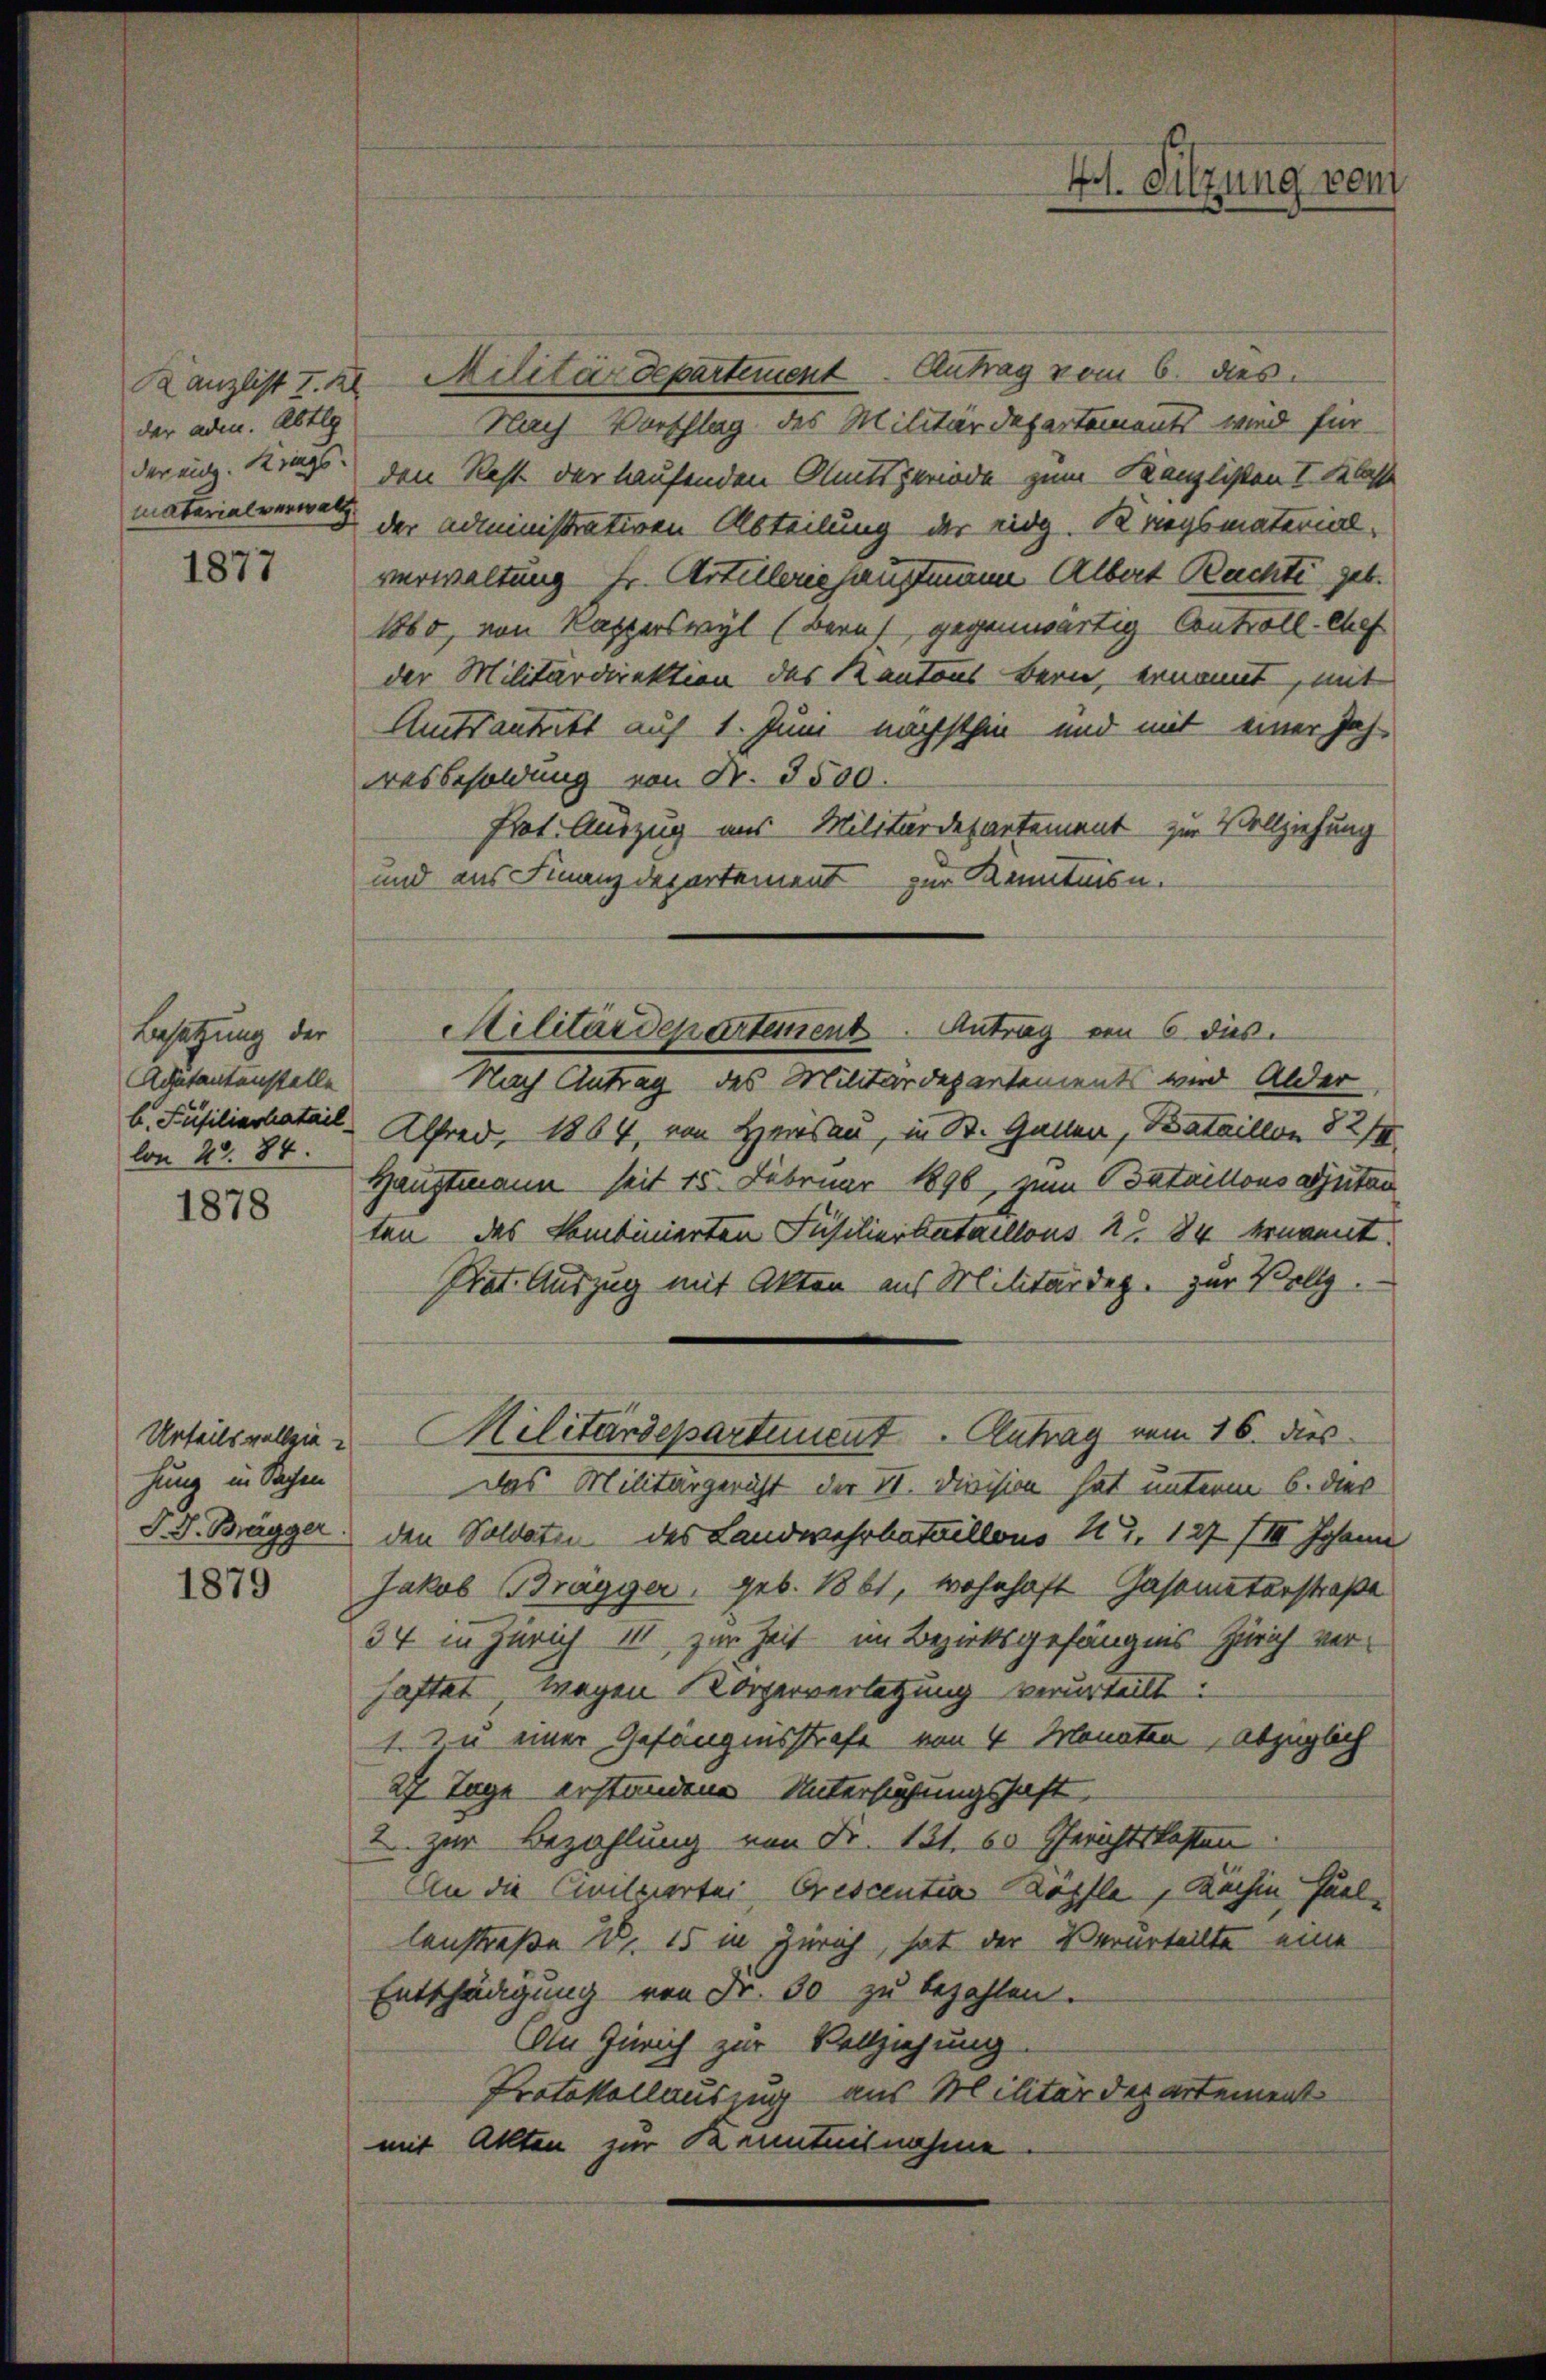
der aden. Abtlg
matarial verwalt

1877

Kanzlist I. Militärdepartement Antrag vom 6. dies
Nach Vorschlag des Militärdepartements wird für
deren. Krags den Rest der laufenden Amtsperiode zum Kanzlisten I. Klasse
der Administrativen Abteilung der Eidg. Kriegsmaterialverwaltung Hr. Artilleriehauptmann Albert Rachte geb.
1860, von Kapperswyl (Beruf gegenwärtig Controll-Chef
der Militärdirektion des Kantons Bern, ernannt, mit
Amtsantritt auf 1. Juni nächsthin und mit einer Joh.
resbesoldung von Nr. 3500.
Prot. Auszug aus Militärdepartement zu Vollziehung
und aus Finanzdepartement zur Kenntnisn.
Nach Antrag des Militärdepartements wird Alder
b. Füsiliarkatail Alfred, 1864, von Herisau, in St. Gallen, Bataillon 82/
Hauptmann seit 15. Februar 1896, zum Bataillons autan
ten, das kombinierten Füsilierbataillous 2. 84 ernannt
Prat. Auszug mit Akten aus Militärdep. zur Vollg.
Urteilsvollein Militärdepartement Antrag vom 16. dies
Das Militärgericht der II. Division hat unterm 6. dies
J. J. Brägger den Soldaten des Landwehrbataillons Nr. 127 /II Johann
Jakob Brägger, geb. 1861, wohnhaft Gasomaterstraße
34 in Zürich 111, zur Zeit im Bezirksgefängnis Zürich verhaftet, wegen Körperverletzung verurteilt.
1 zu einer Gefängnisstrafe von 4 Monaten, abzüglich
27 Tage erstandene Untersuchungshaft
2 zur Bezahlung von Fr. 131. 60 Gerichtskosten
An die Civilvortei Orescentia Köpfla, Kaisen Quel
lenstraße 2. 15 in Zürich, hat der Verurteilte eine
Entschädigung von Fr. 60 zu bezahlen.
An Zürich zur Vollziehung.
Protokollauszug aus Militärdepartement
mit Akten zur Kenntnisnahme

Besetzung der
Adutantenstelle
lon 20. 84.

1878

hung in Sachen

1879

Militärdepartement. Antrag von 6 dies

4. Sitzung vom